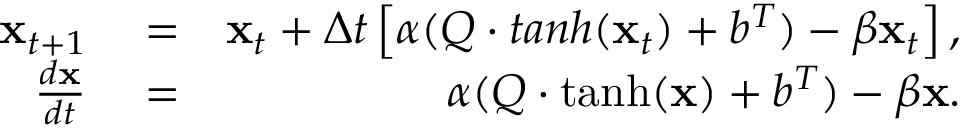
\begin{array} { r l r } { { \bf x } _ { t + 1 } } & { { } = } & { { \bf x } _ { t } + \Delta t \left[ \alpha ( Q \cdot t a n h ( { \bf x } _ { t } ) + b ^ { T } ) - \beta { \bf x } _ { t } \right] , } \\ { \frac { d { \bf x } } { d t } } & { { } = } & { \alpha ( Q \cdot \operatorname { t a n h } ( { \bf x } ) + b ^ { T } ) - \beta { \bf x } . } \end{array}